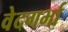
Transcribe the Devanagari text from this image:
वेदगर्भा